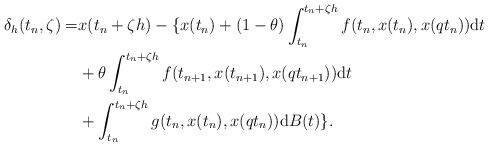
\begin{align*}\delta_h(t_n,\zeta)=& x(t_n+\zeta h)-\{x(t_n)+(1-\theta)\int_{t_n}^{t_n+\zeta h}f(t_n,x(t_n),x(qt_n)){\rm d}t\\&+\theta\int_{t_n}^{t_n+\zeta h}f(t_{n+1},x(t_{n+1}),x(qt_{n+1})){\rm d}t\\&+\int_{t_n}^{t_n+\zeta h}g(t_n,x(t_n),x(qt_n)){\rm d}B(t)\}.\end{align*}